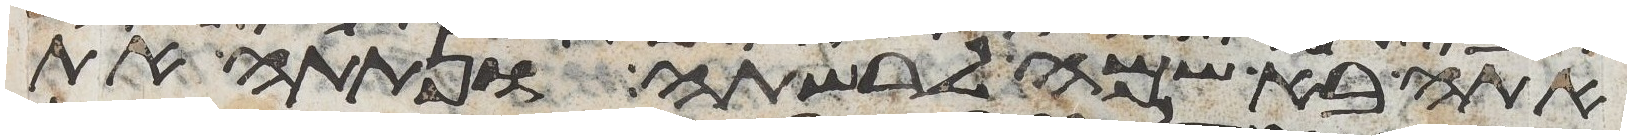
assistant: אתה בא שמה לרשתה ונתתה את